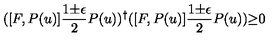
( [ F , P ( u ) ] \frac { 1 { \pm } { \epsilon } } { 2 } P ( u ) ) ^ { \dagger } ( [ F , P ( u ) ] \frac { 1 { \pm } { \epsilon } } { 2 } P ( u ) ) { \geq } 0